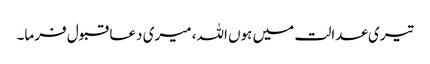
تیری عدالت میں ہوں اللہ، میری دعا قبول فرما۔